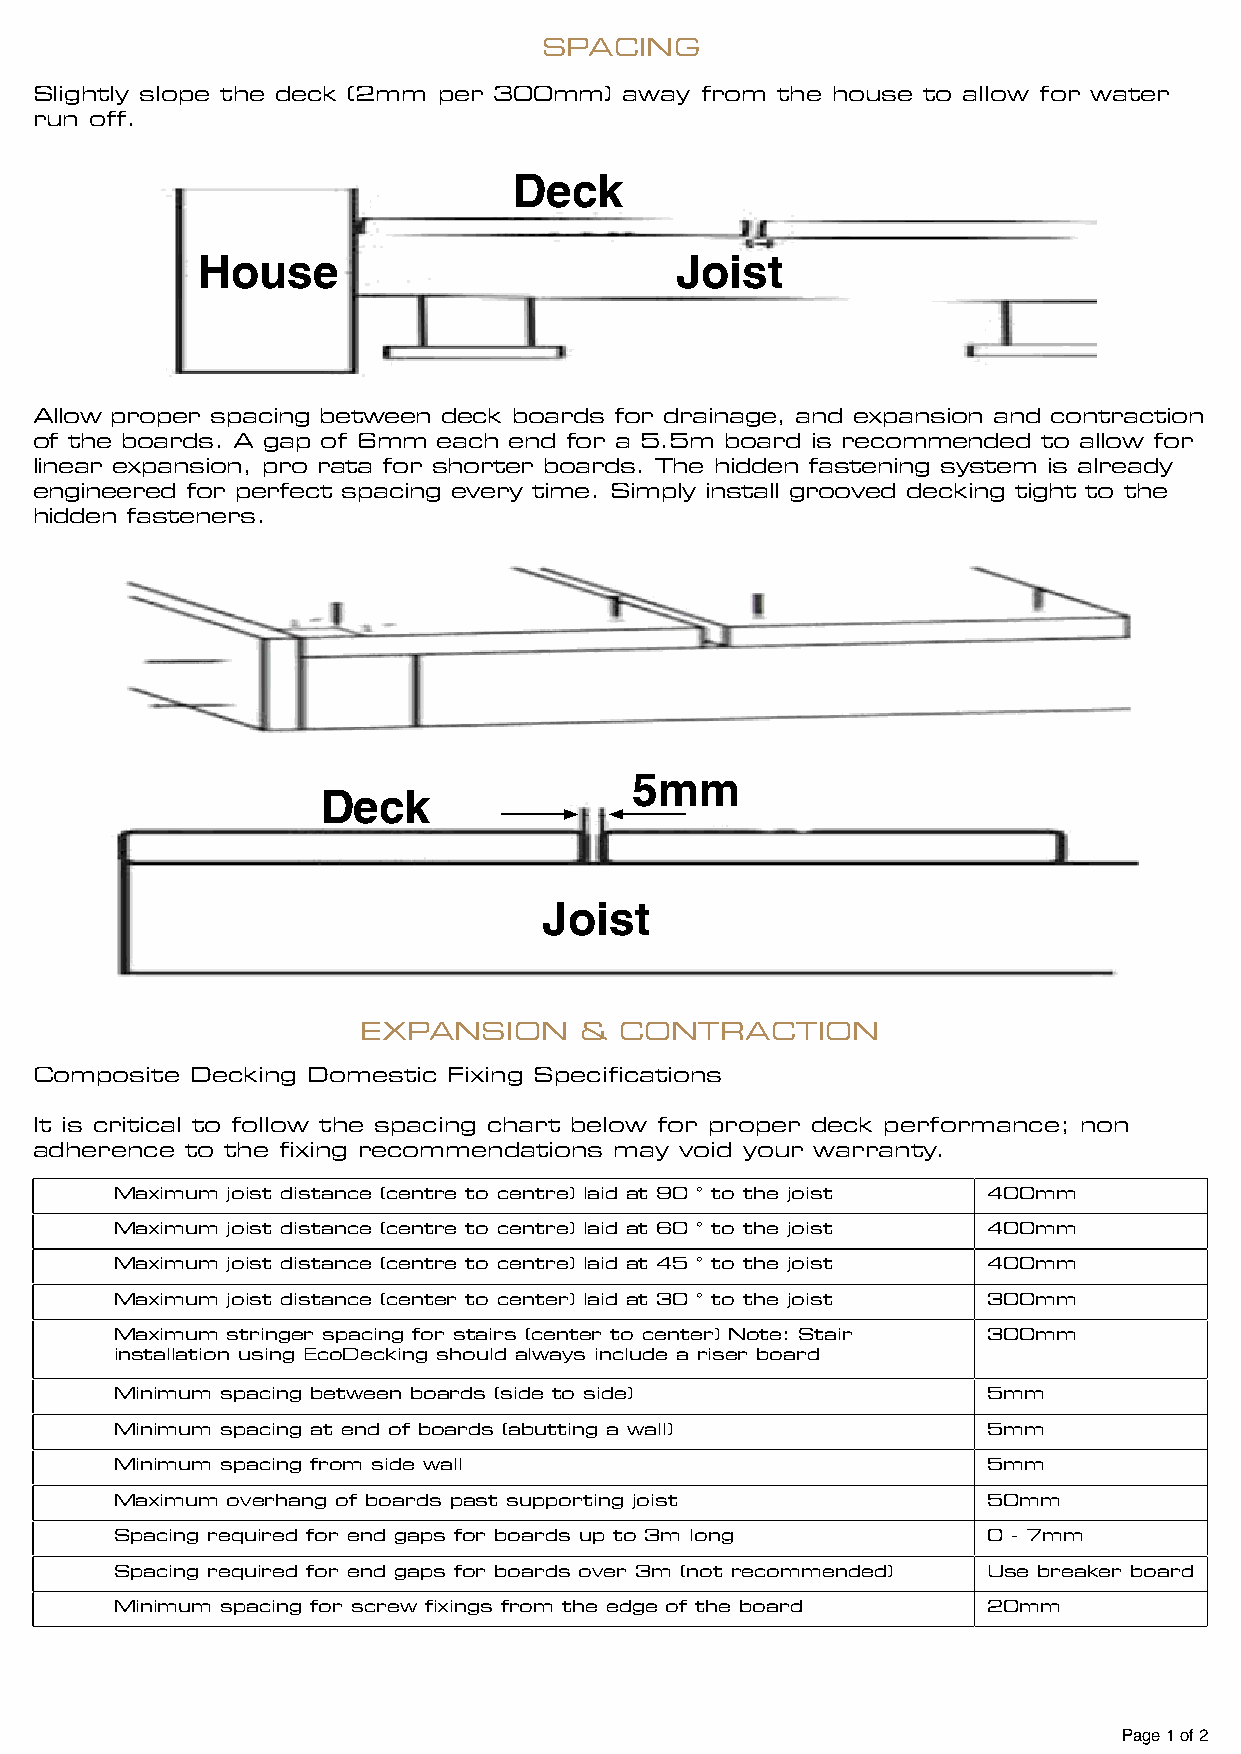
SPACING
 Slightly slope the deck (2mm per 300mm) away from the house to allow for water
 run off.
 Deck
 House                           Joist
 Allow proper spacing between deck boards for drainage, and expansion and contraction
 of the boards. A gap of 6mm each end for a 5.5m board is recommended to allow for
 linear expansion, pro rata for shorter boards. The hidden fastening system is already
 engineered for perfect spacing every time. Simply install grooved decking tight to the
 hidden fasteners.
 5mm
 Deck
 Joist
 EXPANSION     &  CONTRACTION
 Composite  Decking Domestic Fixing Specifications
 It is critical to follow the spacing chart below for proper deck performance; non
 adherence to the fixing recommendations may void your warranty.
 Maximum joist distance (centre to centre) laid at 90 ° to the joist 400mm
 Maximum joist distance (centre to centre) laid at 60 ° to the joist 400mm
 Maximum joist distance (centre to centre) laid at 45 ° to the joist 400mm
 Maximum joist distance (center to center) laid at 30 ° to the joist 300mm
 Maximum stringer spacing for stairs (center to center) Note: Stair 300mm
 installation using EcoDecking should always include a riser board
 Minimum spacing between boards (side to side)            5mm
 Minimum spacing at end of boards (abutting a wall)       5mm
 Minimum spacing from side wall                           5mm
 Maximum overhang of boards past supporting joist         50mm
 Spacing required for end gaps for boards up to 3m long   0 - 7mm
 Spacing required for end gaps for boards over 3m (not recommended) Use breaker board
 Minimum spacing for screw fixings from the edge of the board 20mm
 Page 1 of 2